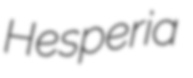
Hesperia